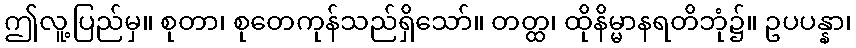
ဤလူ့ပြည်မှ။ စုတာ၊ စုတေကုန်သည်ရှိသော်။ တတ္ထ၊ ထိုနိမ္မာနရတိဘုံ၌။ ဥပပန္နာ၊